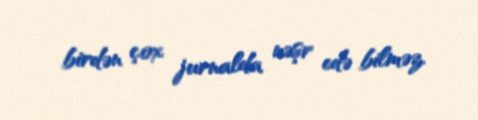
birdən çox jurnalda nəşr edə bilməz.